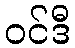
ဝင်ဒီ